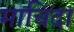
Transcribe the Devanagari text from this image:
माचिदा